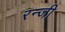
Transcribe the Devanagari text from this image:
रन्जी